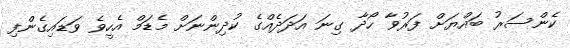
ކެންސަރު ބައްޔަށް ފަރުވާ ހޯދާ ގިނަ އަދަދެއްގެ ކުދިންނަށް މެޑަމް އެހީވެ ވަޑައިގެންފި